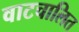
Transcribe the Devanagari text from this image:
वाटचालित